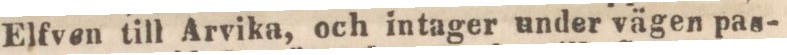
Elfven till Arvika, och intager under vägen pas-